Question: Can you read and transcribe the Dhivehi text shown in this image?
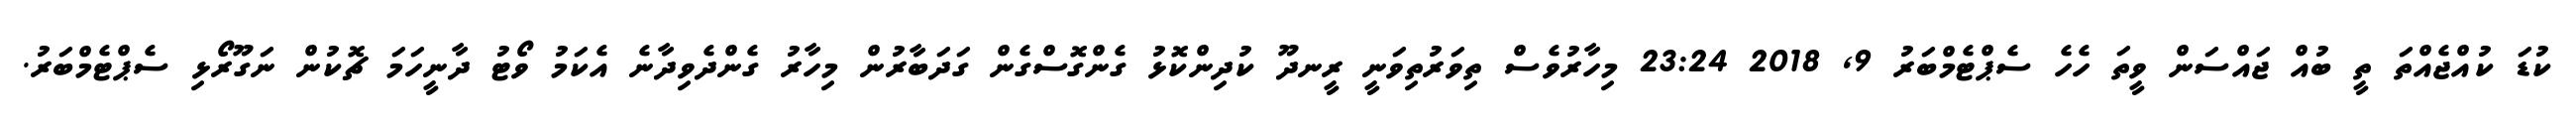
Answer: ކުޑަ ކުއްޖެއްތަ ތީ ބުއް ޖައްސަން ވީތަ ހެހެ ސެޕްޓެމްބަރު 9, 2018 23:24 މިހާރުވެސް ތިވަރުތިވަނީ ރީނދޫ ކުދިންކޮޅު ގެންގޮސްގެން ގަދަބާރުން މިހާރު ގެންދެވިދާނެ އެކަމު ވޯޓު ދާނީހަމަ ޗޮކުން ނަގޫރޯޅި ސެޕްޓެމްބަރު.